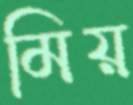
মিয়